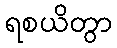
ရစယိတွာ